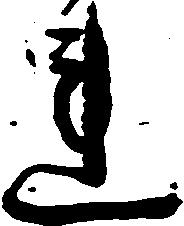
連